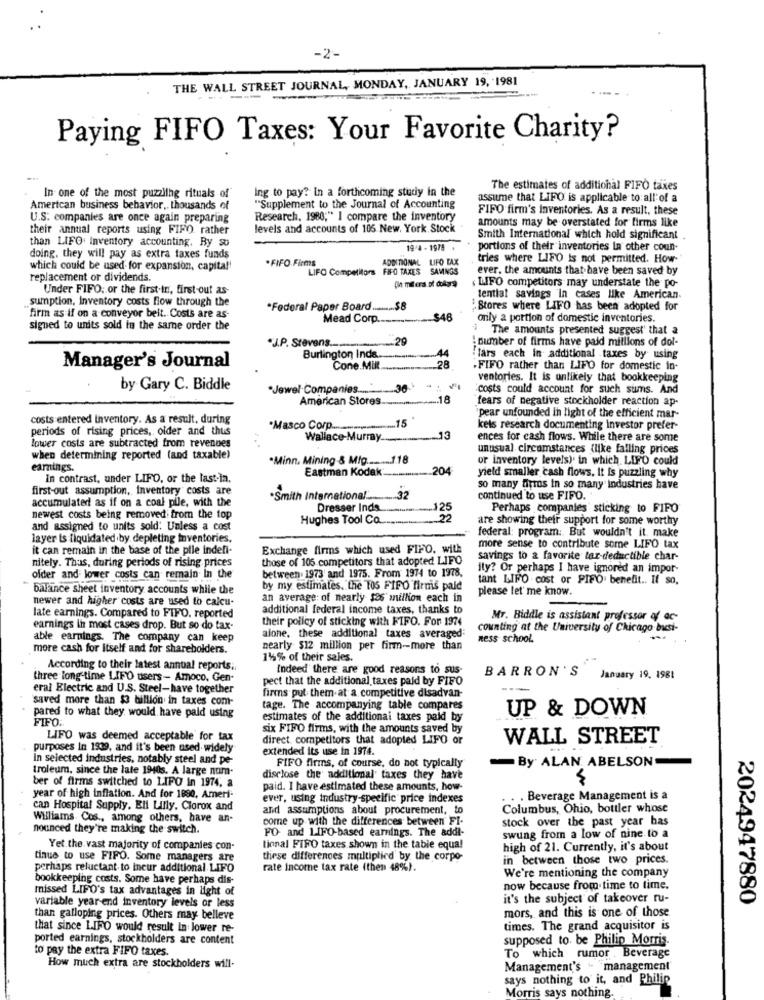
-2-
THE WALL STREET JOURNAL, MONDAY, JANUARY 19, 1981
Paying FIFO Taxes: Your Favorite Charity?
Ing to pay? In a forthcoming study in the
The estimates of additional FIFO taies
In one of the most puzzling rituals of
assume that LIFO is applicable to all'of a
American business behavior, thousands of
"Supplement to the Journal of Accounting
FIFO firm's Inventories. As a result, these
U.S. companies are once again preparing
Research, 1980;" I compare the inventory
amounts may be overstated for firms like
their annual reports using FIFO. rather
levels and accounts of 105. New. York Stock
than LIFO Inventory accounting, By so
Smith International which hold significant
19/4 - 1978
portions of their inventories in other coun-
doing, they will pay as extra taxes funds
ADDITIONAL LIFO TAX
tries where LIFO Is not permitted. How-
which could be used for expansion, capita !!
.FIFO.Firms
LIFO Competitors FIFO TAXES SAMINGS
ever, the amounts that have been saved by
replacement or dividends.
LIFO competitors may understate the po-
Under FIFO: or the first-in, first-out as-
sumption, Inventory costs flow through the
tential savings in cases like American.
*Federal Paper Board ........ $8
Stores where LIFO has been adopted for
"firm as if on a conveyor belt. Costs are as-
Mead Corp.
-$48
only a portion of domestic inventories.
signed to units sold in the same order the
The amounts presented suggest' that a
-29
number of firms have paid millions of dol-
"J.P. Stevens ....
Burlington Inda.
lars each in additional taxes by using
Manager's Journal
Cone.Mill
28
.FIFO rather than LIFO for domestic in-
ventories. It is unlikely that bookkeeping
by Gary C. Biddle
*Jewel Companies .....
.. 36
costs could account for such sums. And
American Stores
.18
fears of negative stockholder reaction ap-
costs entered inventory. As a result, during
.... 15
'pear unfounded In light of the efficient mar-
periods of rising prices, older and thus
.Masco Corp ....
--
kels research documenting investor prefer-
lower costs are subtracted from revenues
Wallace-Murray ....
13
ences for cash flows. While there are some
unusual circumstances (like falling prices
when determining reported (and taxable)
.Minn. Mining -& Mig ........ 1.18
or inventory levels) in which LIFO could
earnings.
Eastman Kodak -........
204
in contrast, under LIFO, or the last-la.
yield smaller cash flows. It is puzzling why
first-out assumption, inventory costs are
so many firros in so many industries have
accumulated as if on a coal pile, with the
·Smith International ..... 32
continued to use FIFO.
Dresser Inds
125
Perhaps companies' sticking to FIPO
newest costs being removed from the top
Hughes Tool Co.
are showing their support for some worthy
and assigned to units sold. Unless a cost
federal: program: But wouldn't it make
layer is liquidated by depleting Inventories.
it can remain in the base of the pile indefi-
Exchange firms which used FIFO, with
more sense to contribute some LIFO tax
nitely. Thus, during periods of rising prices
those of 105 competitors that adopted LIFO
savings to a favorite tar-deductible char-
between. 1973 and 1975. From 1974 to 1978,
ity? Or perhaps I have ignored an impor-
ofder and lower costs can remain In the
tant LIFO cost or PIFO benefit .. It so.
balance sheet inventory accounts while the
by my estimates. the TOS FIFO firnis paid
please let me know.
newer and higher costs are used to calcu-
an average: of nearly $86 million each in
additional federal income taxes, thanks to
late earnings. Compared to FIFO, reported
their poilcy of sticking with FIFO. For 1974
Mr. Biddle is assistant professor af ac-
earnings in most cases drop. But so do tax-
counting at the University of Chicago busi-
able earnings. The company can keep
alone, these additional taxes averaged
ness school.
more cash for Itself and for shareholders.
nearly $12 million per firm-more than
1%% of their sales.
According to their latest annual reports ;.
Indeed there are good reasons to sus-
BARRON'S
three long-time LIFO users- Amoco. Gen-
pect that the additional taxes paid by FIFO
January 19, 1981
eral Electric and U.S. Steel-have together
saved more than $3 billion in taxes com-
firms put them at a competitive disadvan-
tage. The accompanying table compares
UP & DOWN
pared to what they would have paid using
FIFO:
estimates of the additional taxes paid by
six FIFO firms, with the amounts saved by
LIFO was deemed acceptable for tax
direct competitors that adopted LIFO or
WALL STREET
purposes In 1939, and it's been used widely
extended its use In 1974.
In selected industries, notably steel and pe-
By ALAN ABELSON
troleum, since the late 1940s. A large nom
FIFO firms, of course, do not typically
ber of firms switched to LIFO in 1974, a
disclose the additional taxes they have
W
paid. I have estimated these amounts, how-
year of high inflation. And for 1890, Ameri-
ever, using industry-specific price indexes
Beverage Management is a
can Hospital Supply. Eli Lilly. Clorox and
and assumptions about procurement, to
Columbus, Ohio, bottler whose
WHliams. Cos ., among others, have an-
come up with the differences between FI-
stock over the past year has
nounced they're making the switch.
FO- and LIFO-based earnings. The addi-
swung from a low of nine to a
Yet the. vast majority of companies con-
tional FIRO taxes shown in the table equa!
high of 21. Currently, it's about
tinue to use FIFO. Some managers are
these differences multiplied by the corpo-
in between those two prices.
perhaps reluctant to ineur additional LIFO
rate income tax rate (then 48%).
We're mentioning the company
bookkeeping costs. Some have perhaps dis-
missed LIFO's tax advantages in light of
now because from time to time.
it's the subject of takeover ru-
2024947880
variable year end inventory levels or less
mors, and this is one of those
than galloping prices. Others may belleve
that since LIFO would result In lower re-
times. The grand acquisitor is
ported earnings, stockholders are content
supposed to be Philip Morris-
to pay the extra FIFO taxes.
To which rumor . Beverage
How much extra are stockholders will-
Management's " management"
says nothing to it, and Philip
Morris says nothing.